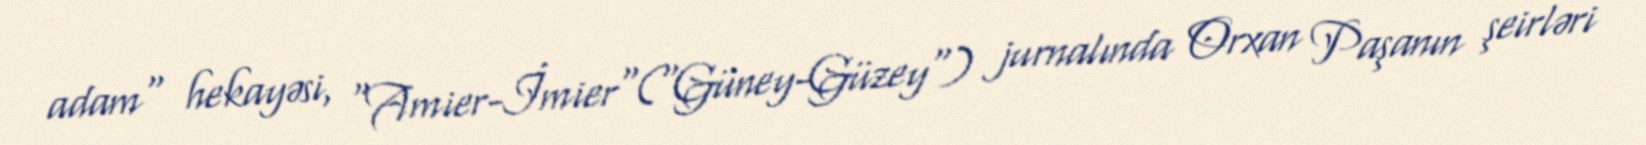
adam" hekayəsi, "Amier-İmier"("Güney-Güzey") jurnalında Orxan Paşanın şeirləri